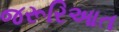
જરૂરિઆત